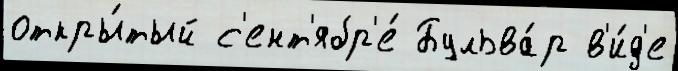
откры́тый с'ент'ябр'е́ Бульва́р в'и́д'е